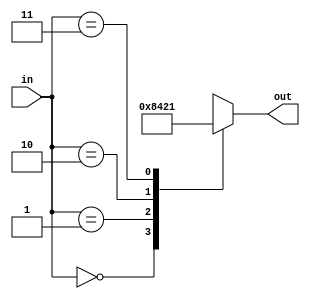
module decoder(in,out);
	
	input [1:0] in;
	output reg [3:0] out;
	
	always@(*) begin
	
	case(in)
		
		0:out=4'b1000;
		1:out=4'b0100;
		2:out=4'b0010;
		3:out=4'b0001;
		
		default:out=4'b0000;
	
	endcase
	end

endmodule